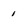
Character: i